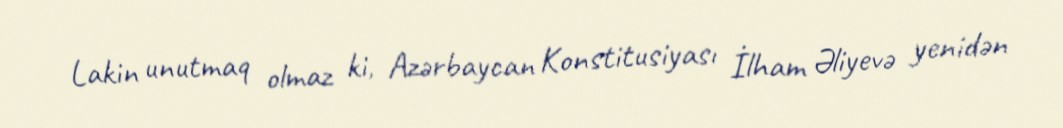
Lakin unutmaq olmaz ki, Azərbaycan Konstitusiyası İlham Əliyevə yenidən